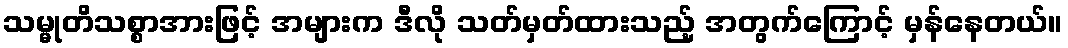
သမ္မုတိသစ္စာအားဖြင့် အများက ဒီလို သတ်မှတ်ထားသည့် အတွက်ကြောင့် မှန်နေတယ်။